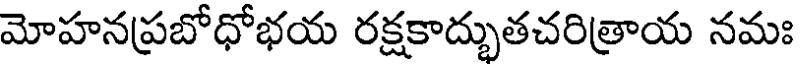
మోహనప్రబోధోభయ రక్షకాద్బుతచరిత్రాయ నమః